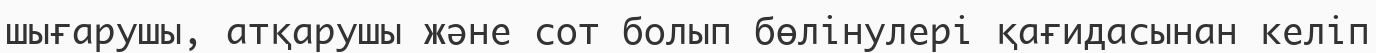
шығарушы, атқарушы және сот болып бөлінулері қағидасынан келіп